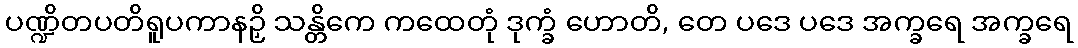
ပဏ္ဍိတပတိရူပကာနဉှိ သန္တိကေ ကထေတုံ ဒုက္ခံ ဟောတိ, တေ ပဒေ ပဒေ အက္ခရေ အက္ခရေ